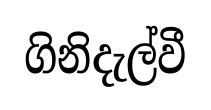
ගිනිදැල්වී